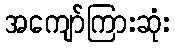
အကျော်ကြားဆုံး